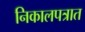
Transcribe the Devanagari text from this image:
निकालपत्रात